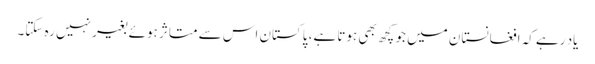
یاد رہے کہ افغانستان میں جو کچھ بھی ہوتا ہے، پاکستان اس سے متاثر ہوئے بغیر نہیں رہ سکتا۔